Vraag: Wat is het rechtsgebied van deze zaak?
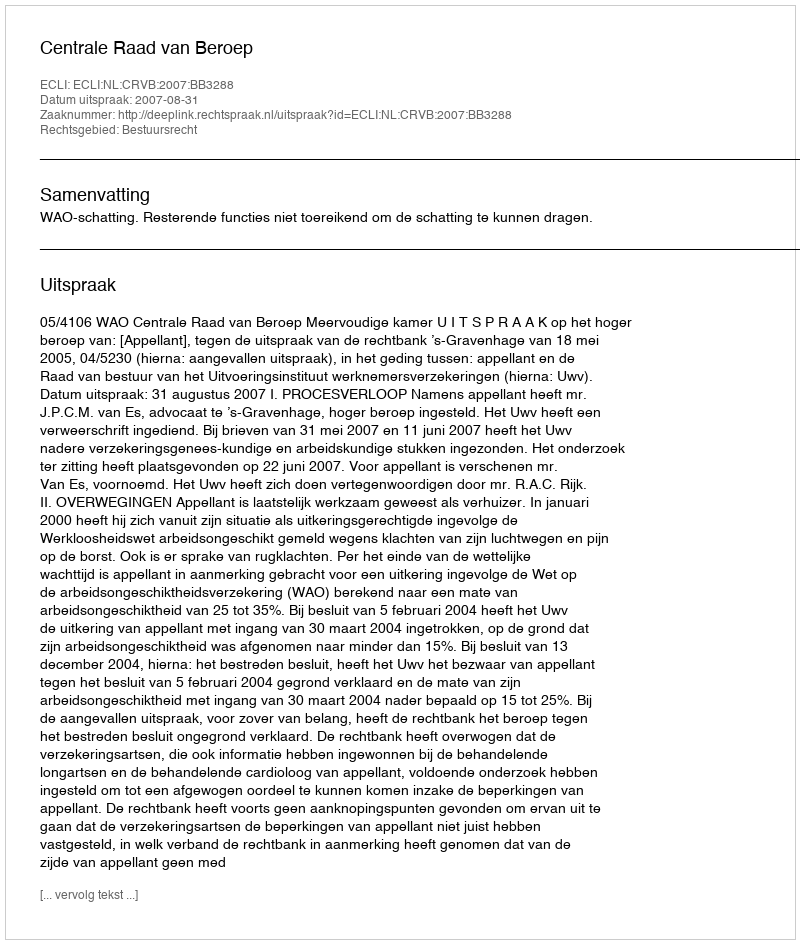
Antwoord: Bestuursrecht